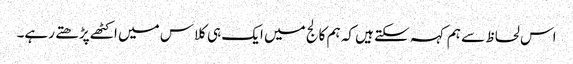
اس لحاظ سے ہم کہہ سکتے ہیں کہ ہم کالج میں ایک ہی کلاس میں اکٹھے پڑھتے رہے۔